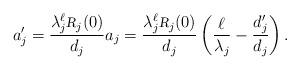
LaTeX: \begin{align*} a_j' = \frac{\lambda_j^\ell {\textsl{\footnotesize R}}_j(0)}{d_j} a_j = \frac{\lambda_j^\ell {\textsl{\footnotesize R}}_j(0)}{d_j}\left(\frac{\ell}{\lambda_j} - \frac{d_j'}{d_j}\right). \end{align*}